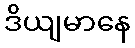
ဒိယျမာနေ